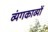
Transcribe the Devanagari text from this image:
व्यंगकाव्यों